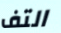
التف